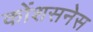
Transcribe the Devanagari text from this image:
कोंशसनेस